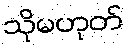
သိုမဟုတ်